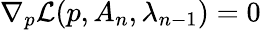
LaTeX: \nabla_{p}\mathcal{L}(p,A_{n},\lambda_{n-1})=0